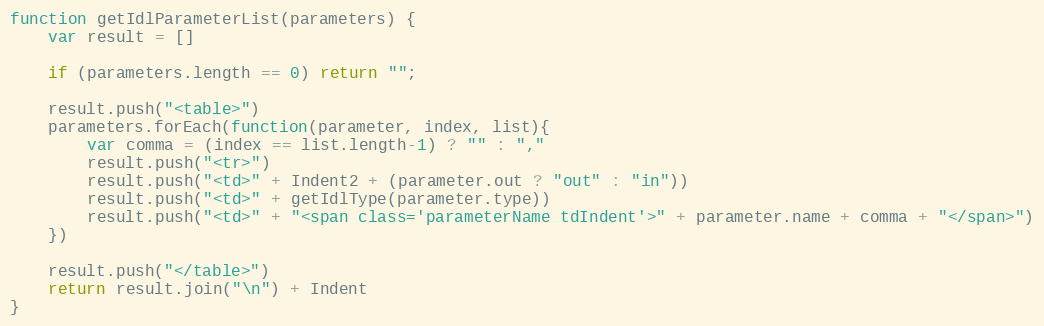
Language: JavaScript
function getIdlParameterList(parameters) {
    var result = []

    if (parameters.length == 0) return "";

    result.push("<table>")
    parameters.forEach(function(parameter, index, list){
        var comma = (index == list.length-1) ? "" : ","
        result.push("<tr>")
        result.push("<td>" + Indent2 + (parameter.out ? "out" : "in"))
        result.push("<td>" + getIdlType(parameter.type))
        result.push("<td>" + "<span class='parameterName tdIndent'>" + parameter.name + comma + "</span>")
    })

    result.push("</table>")
    return result.join("\n") + Indent
}